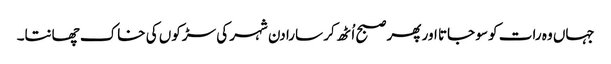
جہاں وہ رات کو سو جاتا اور پھر صبح اُٹھ کر سارا دن شہر کی سڑکوں کی خاک چھانتا۔